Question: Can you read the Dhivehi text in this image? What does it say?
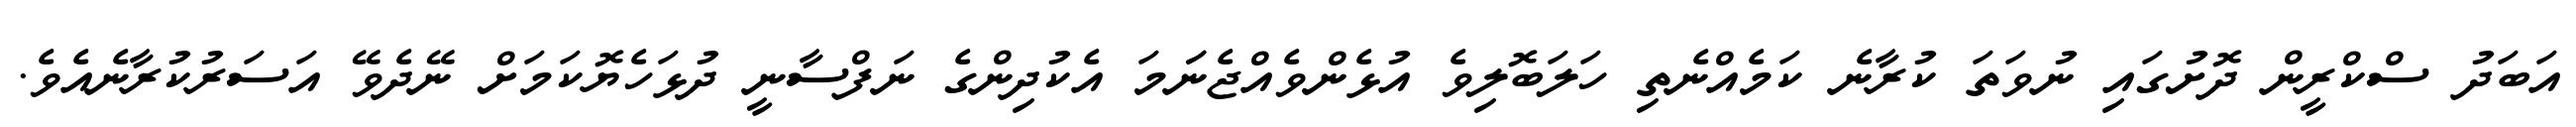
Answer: އަބަދު ސްކްރީން ދޮށުގައި ނުވަތަ ކުރާނެ ކަމެއްނެތި ހަލަބޮލިވެ އުޅެންވެއްޖެނަަމަ އެކުދިންގެ ނަފްސާނީ ދުޅަހެޔޮކަމަށް ނޭދެވޭ އަސަރުކުރާނެއެވެ.